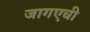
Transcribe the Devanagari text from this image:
जागएची